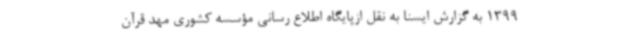
1399 به گزارش ایسنا به نقل ازپایگاه اطلاع رسانی مؤسسه کشوری مهد قرآن